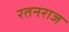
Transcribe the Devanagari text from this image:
रतनराज